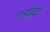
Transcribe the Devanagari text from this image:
ज्ञानदेवें